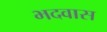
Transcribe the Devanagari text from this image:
भदवास